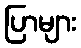
ပြာများ